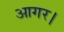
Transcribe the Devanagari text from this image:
आगर।